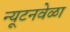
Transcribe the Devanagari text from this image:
न्यूटनवेळा